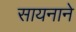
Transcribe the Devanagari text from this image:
सायनाने